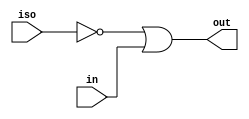
// This program was cloned from: https://github.com/aolofsson/oh
// License: MIT License

//#############################################################################
//# Function: Isolation (low) buffer for multi supply domains                 #
//#############################################################################
//# Author:   Andreas Olofsson                                                #
//# License:  MIT  (see LICENSE file in OH! repository)                       #
//#############################################################################

module oh_isobuflo
  #(parameter N     = 1,        // width of data inputs
    parameter SYN   = "TRUE",   // true=synthesizable
    parameter TYPE  = "DEFAULT" // scell type/size
    )
   (
    input 	   iso,// active low isolation signal
    input [N-1:0]  in, // input signal
    output [N-1:0] out  // out = ~iso & in
    );

   generate
      if(SYN == "TRUE")	begin
	 assign out[N-1:0] = {(N){~iso}} | in[N-1:0];
      end
      else begin
	 genvar 	     i;
	 for (i=0;i<N;i=i+1) begin
	    asic_isobuflo #(.TYPE(TYPE))
	    asic_isobuflo (.iso(iso),
			   .in(in[i]),
			   .out(out[i]));
	 end
      end
   endgenerate

endmodule